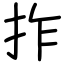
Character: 拃